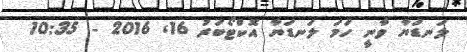
ލަނޑަޔާ ވާނީ ހަމަ ލަނޑަޔާ އޮކްޓޯބަރު 16